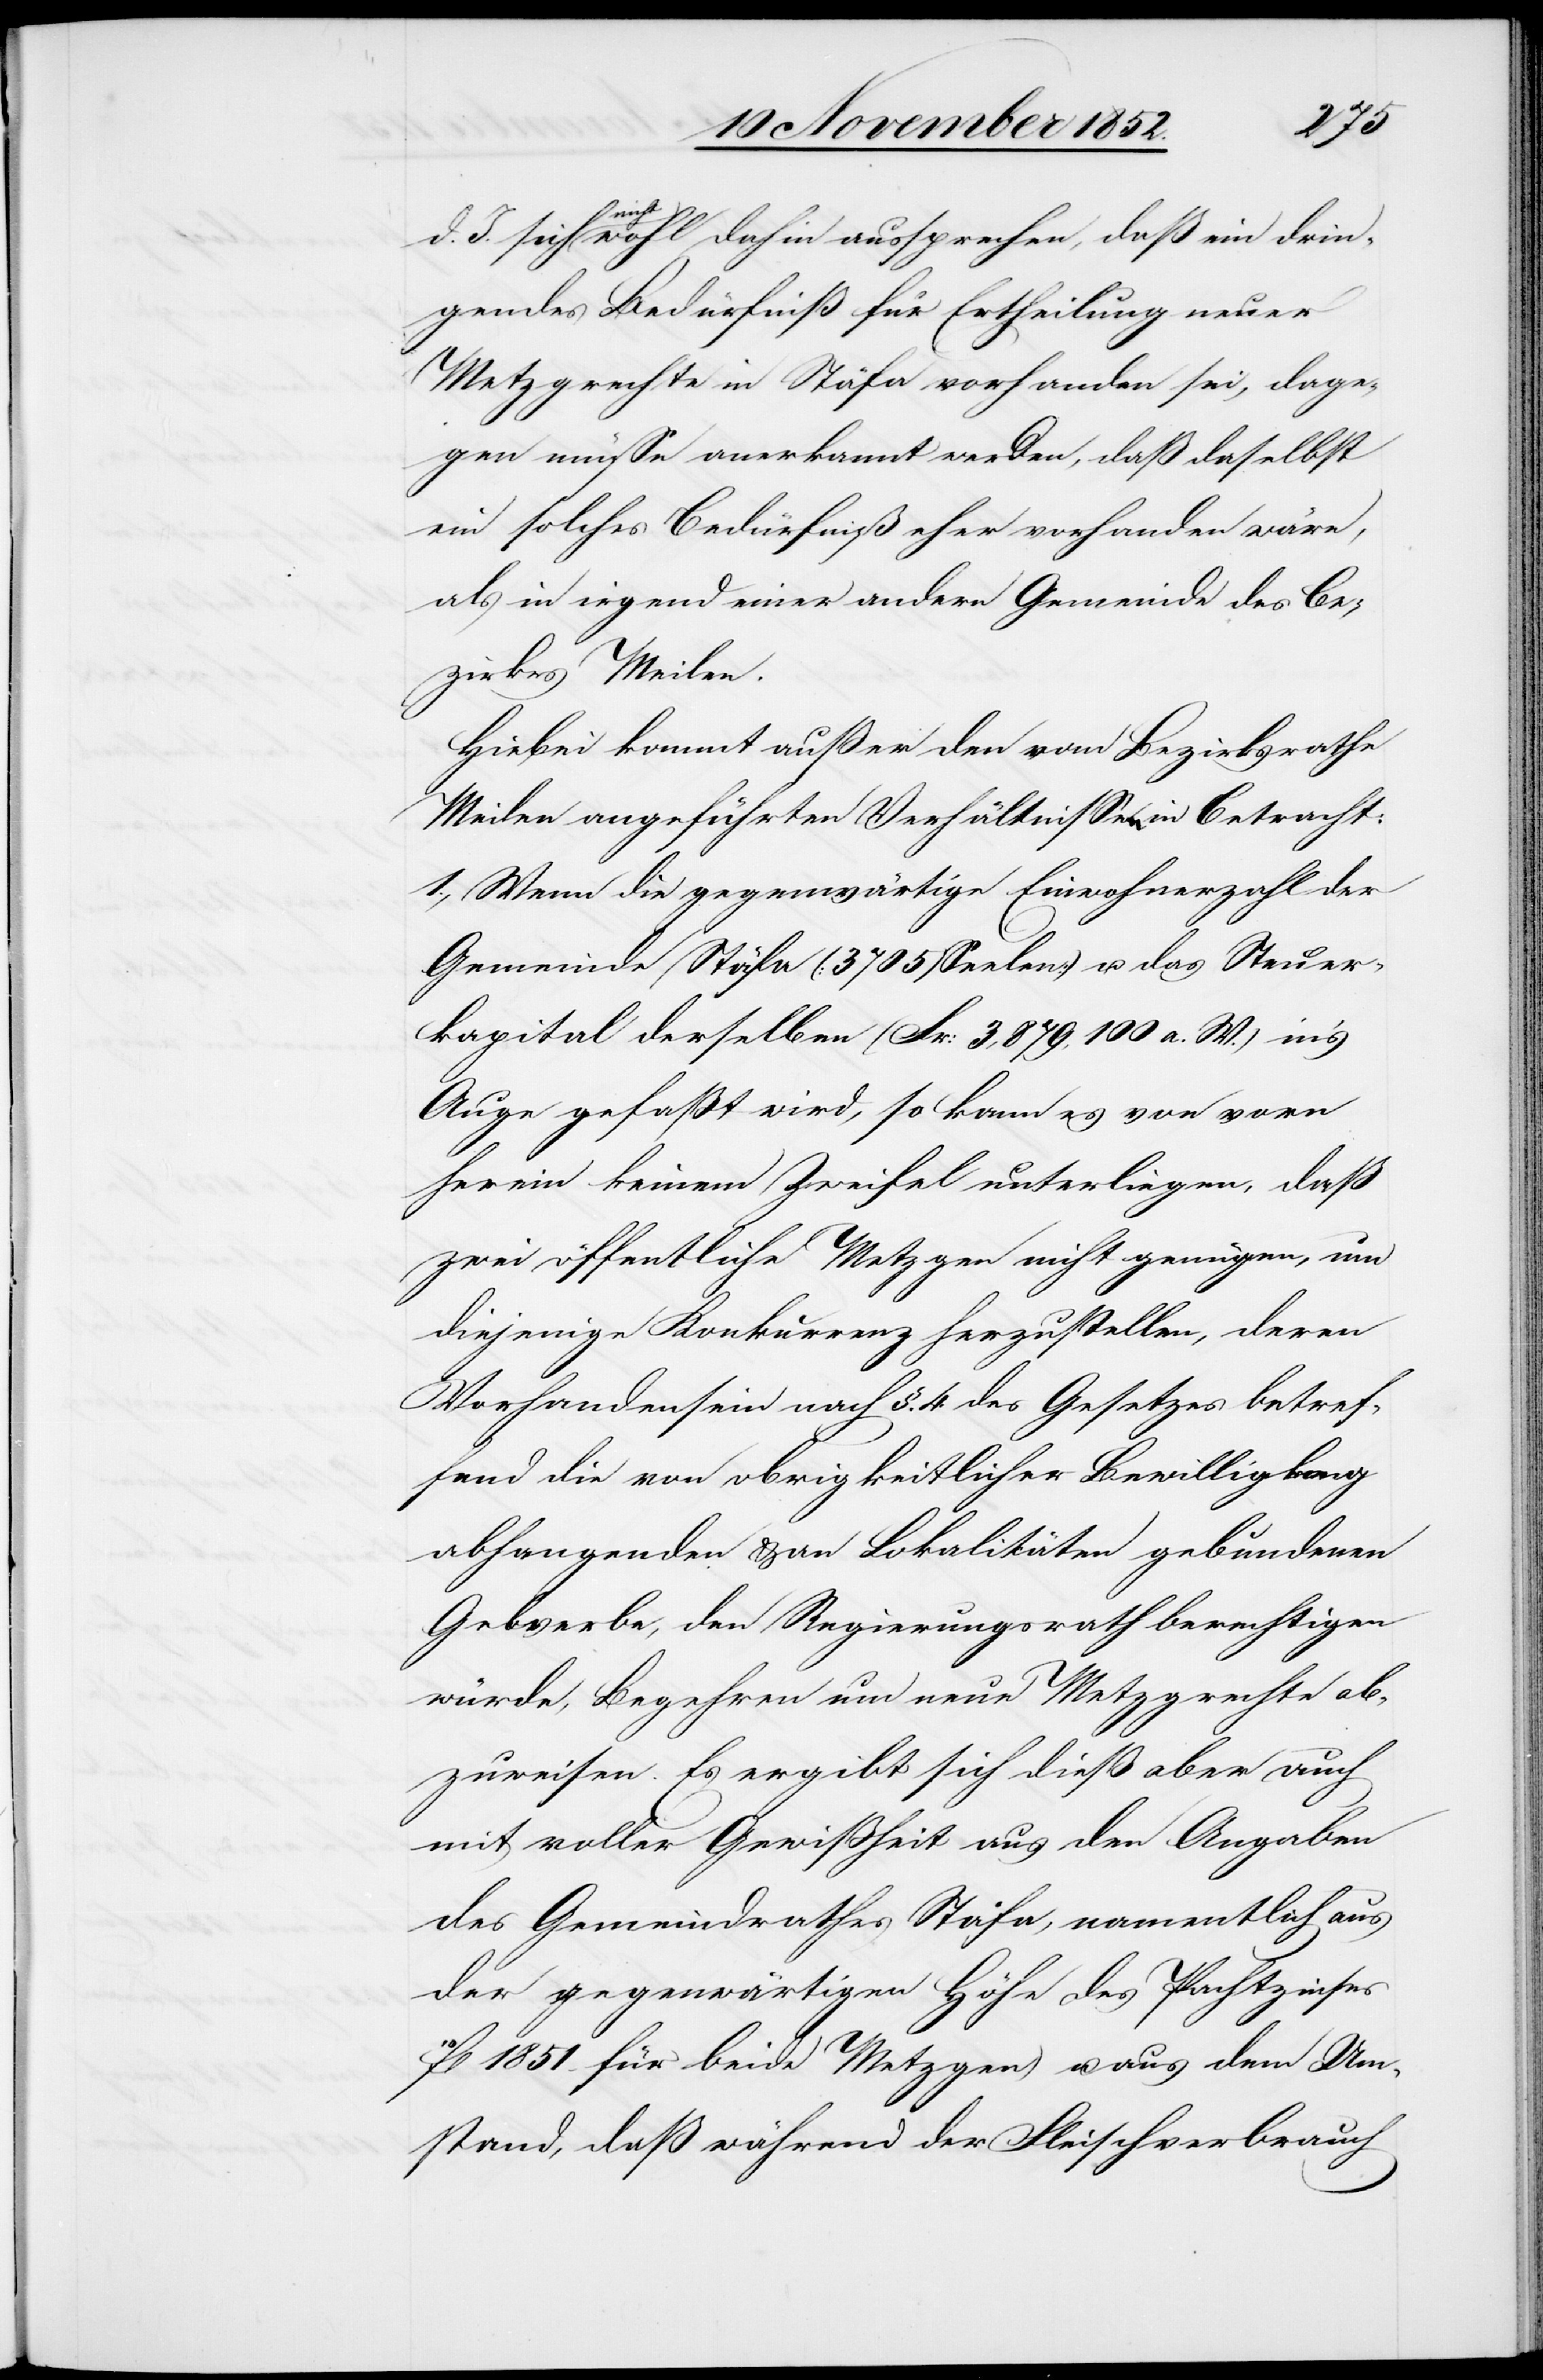
d. J.
sich
nicht wohl dahin aussprechen, daß ein drin¬
gendes Bedürfniß für Ertheilung neuer
Metzgrechte in Stäfa vorhanden sei, dage¬
gen müsse anerkannt werden, daß daselbst
ein solches Bedürfniß eher vorhanden wäre,
als in irgend einer andern Gemeinde des Be¬
zirkes Meilen.
Hiebei kommt außer den vom Bezirksrathe
Meilen angeführten Verhältnissen in Betracht:
1., Wenn die gegenwärtige Einwohnerzahl der
Gemeinde Stäfa (3705 Seelen) u. das Steuer¬
kapital derselben (Fr: 3,879,100 a. W.) in’s
Auge gefaßt wird, so kann es von vorn
herein keinem Zweifel unterliegen, daß
zwei öffentliche Metzgen nicht genügen, um
diejenige Konkurrenz herzustellen, deren
Vorhandensein nach §. 4 des Gesetzes betref¬
fend die von obrigkeitlicher Bewilligung
abhangenden & an Lokalitäten gebundenen
Gewerbe, den Regierungsrath berechtigen
würde, Begehren um neue Metzgrechte ab¬
zuweisen. Es ergibt sich dieß aber auch
mit voller Gewißheit aus den Angaben
des Gemeindrathes Stäfa, namentlich aus
der gegenwärtigen Höhe des Pachtzinses
1851 für beide Metzgen) u. aus dem Um¬
stand, daß während der Fleischverbrauch